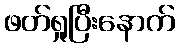
ဖတ်ရှုပြီးနောက်